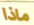
ماذا